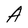
Character: A